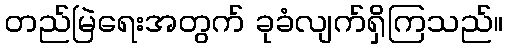
တည်မြဲရေးအတွက် ခုခံလျက်ရှိကြသည်။